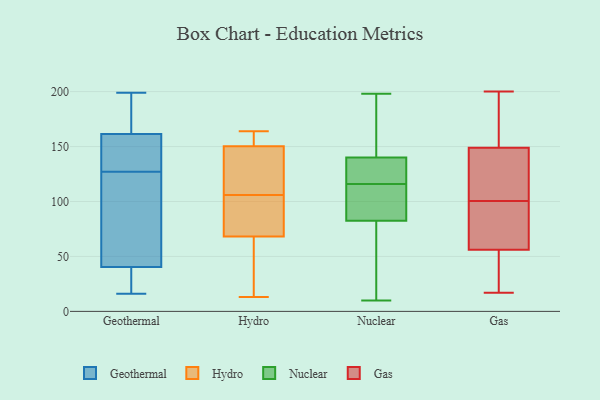
{"axis": {"x": "Bounce Rate (%)", "y": "Value"}, "legend": ["Gas", "Geothermal", "Hydro", "Nuclear"], "data": [{"x": "", "y": 155, "type": "Geothermal"}, {"x": "", "y": 83, "type": "Geothermal"}, {"x": "", "y": 34, "type": "Geothermal"}, {"x": "", "y": 46, "type": "Geothermal"}, {"x": "", "y": 161, "type": "Geothermal"}, {"x": "", "y": 162, "type": "Geothermal"}, {"x": "", "y": 199, "type": "Geothermal"}, {"x": "", "y": 35, "type": "Geothermal"}, {"x": "", "y": 16, "type": "Geothermal"}, {"x": "", "y": 196, "type": "Geothermal"}, {"x": "", "y": 118, "type": "Geothermal"}, {"x": "", "y": 136, "type": "Geothermal"}, {"x": "", "y": 117, "type": "Hydro"}, {"x": "", "y": 164, "type": "Hydro"}, {"x": "", "y": 151, "type": "Hydro"}, {"x": "", "y": 100, "type": "Hydro"}, {"x": "", "y": 111, "type": "Hydro"}, {"x": "", "y": 13, "type": "Hydro"}, {"x": "", "y": 66, "type": "Hydro"}, {"x": "", "y": 106, "type": "Hydro"}, {"x": "", "y": 150, "type": "Hydro"}, {"x": "", "y": 58, "type": "Hydro"}, {"x": "", "y": 15, "type": "Hydro"}, {"x": "", "y": 151, "type": "Hydro"}, {"x": "", "y": 71, "type": "Hydro"}, {"x": "", "y": 152, "type": "Hydro"}, {"x": "", "y": 73, "type": "Hydro"}, {"x": "", "y": 69, "type": "Hydro"}, {"x": "", "y": 129, "type": "Hydro"}, {"x": "", "y": 31, "type": "Nuclear"}, {"x": "", "y": 90, "type": "Nuclear"}, {"x": "", "y": 116, "type": "Nuclear"}, {"x": "", "y": 137, "type": "Nuclear"}, {"x": "", "y": 42, "type": "Nuclear"}, {"x": "", "y": 131, "type": "Nuclear"}, {"x": "", "y": 141, "type": "Nuclear"}, {"x": "", "y": 97, "type": "Nuclear"}, {"x": "", "y": 10, "type": "Nuclear"}, {"x": "", "y": 144, "type": "Nuclear"}, {"x": "", "y": 198, "type": "Nuclear"}, {"x": "", "y": 126, "type": "Nuclear"}, {"x": "", "y": 80, "type": "Nuclear"}, {"x": "", "y": 115, "type": "Nuclear"}, {"x": "", "y": 173, "type": "Nuclear"}, {"x": "", "y": 149, "type": "Gas"}, {"x": "", "y": 130, "type": "Gas"}, {"x": "", "y": 166, "type": "Gas"}, {"x": "", "y": 200, "type": "Gas"}, {"x": "", "y": 17, "type": "Gas"}, {"x": "", "y": 168, "type": "Gas"}, {"x": "", "y": 42, "type": "Gas"}, {"x": "", "y": 54, "type": "Gas"}, {"x": "", "y": 146, "type": "Gas"}, {"x": "", "y": 103, "type": "Gas"}, {"x": "", "y": 94, "type": "Gas"}, {"x": "", "y": 121, "type": "Gas"}, {"x": "", "y": 58, "type": "Gas"}, {"x": "", "y": 171, "type": "Gas"}, {"x": "", "y": 45, "type": "Gas"}, {"x": "", "y": 98, "type": "Gas"}, {"x": "", "y": 56, "type": "Gas"}, {"x": "", "y": 89, "type": "Gas"}]}